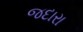
જદારા